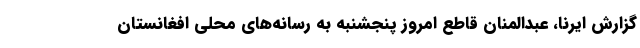
گزارش ایرنا، عبدالمنان قاطع امروز پنجشنبه به رسانه‌های محلی افغانستان